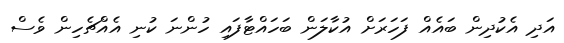
އަދި އެކުދިން ބައެއް ފަހަރަށް އުކާލަން ބަހައްޓާފައި ހުންނަ ކުނި އެއްޗެހިން ވެސް